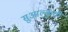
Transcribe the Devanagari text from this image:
सुआल्कुची